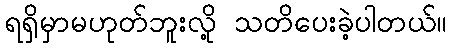
ရရှိမှာမဟုတ်ဘူးလို့ သတိပေးခဲ့ပါတယ်။